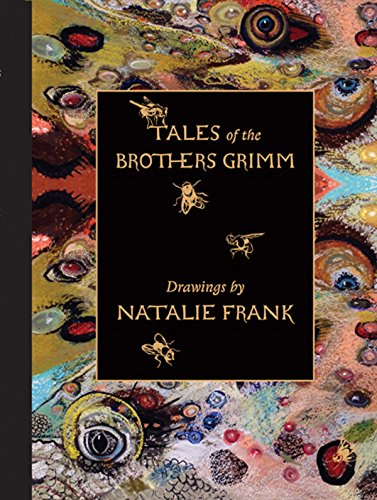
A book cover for Natalie Frank: Tales of the Brothers Grimm; Claire Gilman; Literature & Fiction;